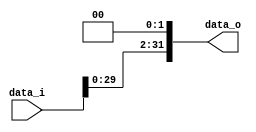
module Shift2(
    data_i,
    data_o,
);

input   [31:0] data_i;
output  [31:0] data_o;

assign data_o = {data_i[29:0],2'b0};

endmodule